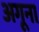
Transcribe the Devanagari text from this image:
अगूना